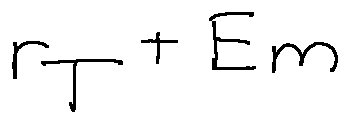
r _ { T } + E m